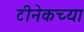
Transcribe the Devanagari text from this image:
टीनेकच्या